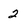
Character: 2